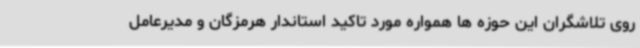
روی تلاشگران این حوزه ها همواره مورد تاکید استاندار هرمزگان و مدیرعامل